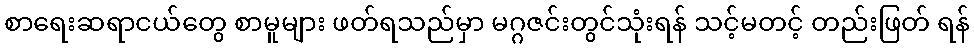
စာရေးဆရာငယ်တွေ စာမူများ ဖတ်ရသည်မှာ မဂ္ဂဇင်းတွင်သုံးရန် သင့်မတင့် တည်းဖြတ် ရန်